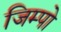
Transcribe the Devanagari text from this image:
जिम्पो